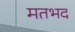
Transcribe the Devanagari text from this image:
मतभद